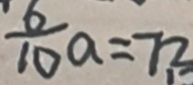
\frac { 6 } { 1 0 } a = 7 2